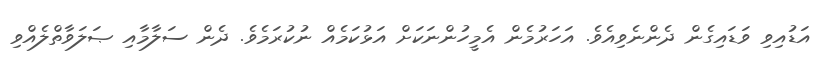
އަޑުއިވި ވަޑައިގެން ދެންނެވިއެވެ. އަހަރުމެން އެމީހުންނަކަށް އަޅުކަމެއް ނުކުރަމެވެ. ދެން ސަލާމާއި ޞަލަވާތްލެއްވި